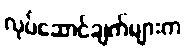
လုပ်ဆောင်ချက်များက